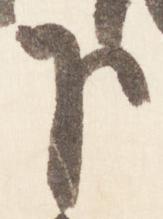
下